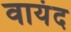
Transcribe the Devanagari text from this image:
वायंद